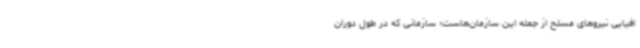
افیایی نیروهای مسلح از جمله این سازمان‌هاست؛ سازمانی که در طول دوران